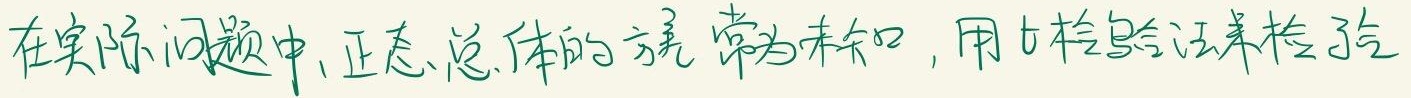
在实际问题中，正态总体的方差常为未知，用t检验法来检验